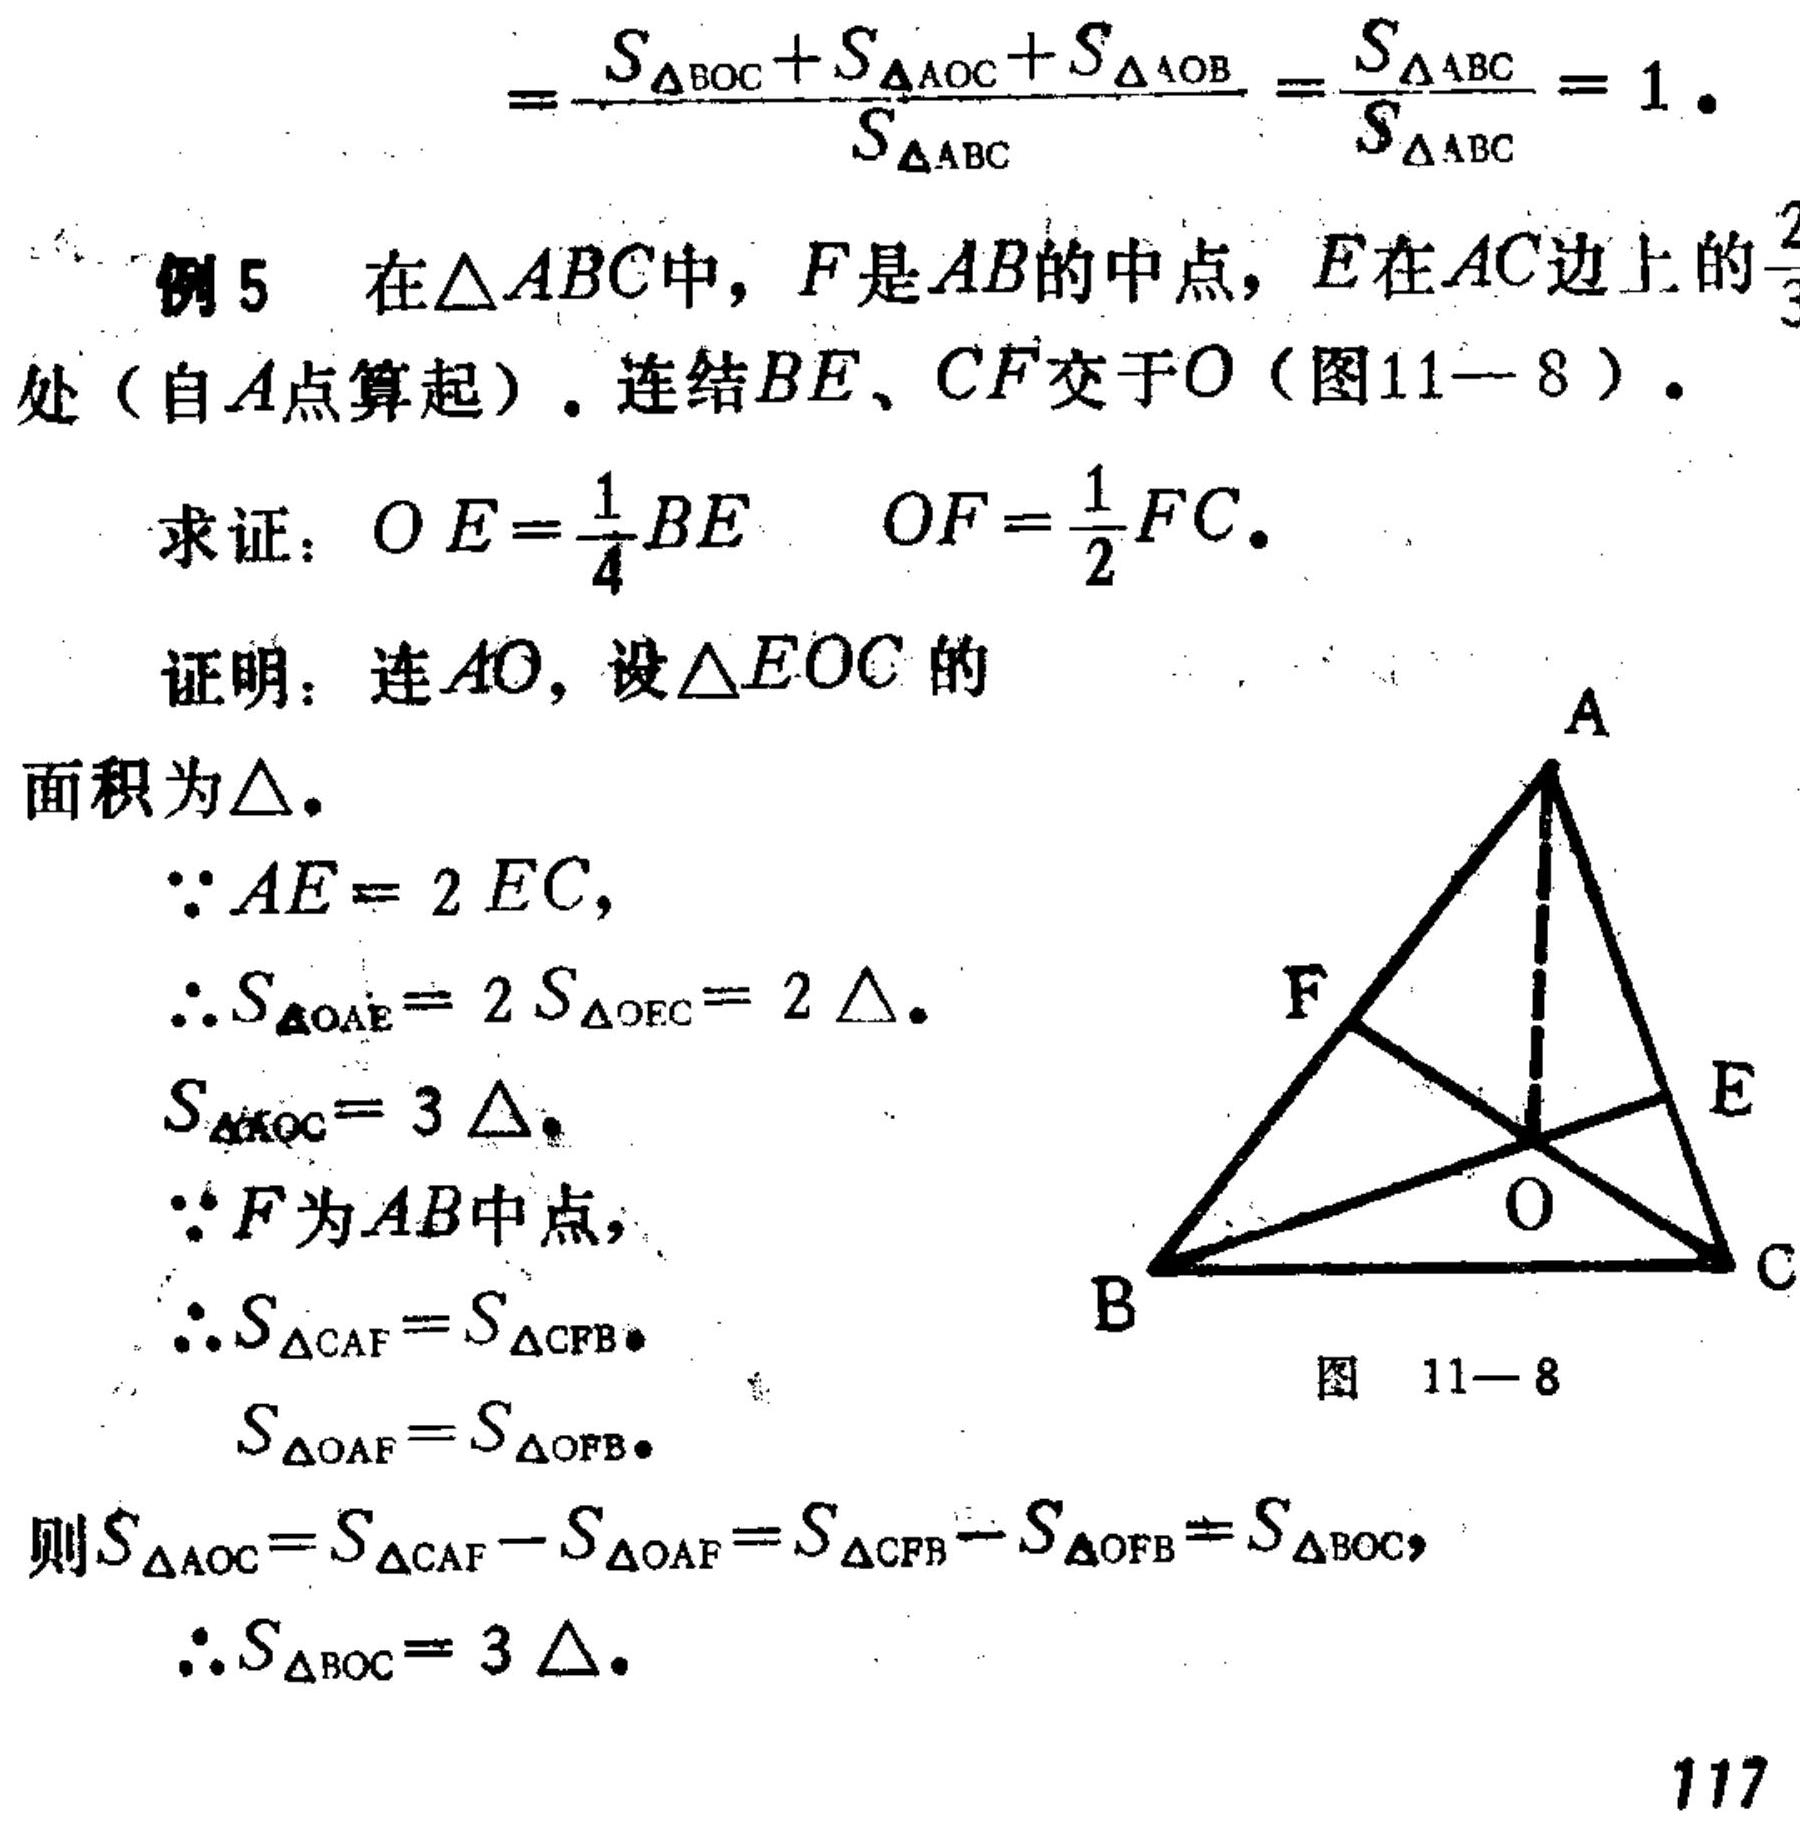
\[=\frac{S_{\triangle BOC}+S_{\triangle AOC}+S_{\triangle AOB}}{S_{\triangle ABC}}=\frac{S_{\triangle ABC}}{S_{\triangle ABC}} = 1\]
例5 在\(\triangle ABC\)中，\(F\)是\(AB\)的中点，\(E\)在\(AC\)边上的\(\frac{2}{3}\)处（自\(A\)点算起）. 连结\(BE\)、\(CF\)交于\(O\)（图11 - 8）.
求证：\(OE=\frac{1}{4}BE\)  \(OF=\frac{1}{2}FC\).
证明：连\(AO\)，设\(\triangle EOC\)的面积为\(\triangle\).
\(\because AE = 2EC\)，
\(\therefore S_{\triangle OAE}=2S_{\triangle OEC}=2\triangle\).
\(S_{\triangle AOC}=3\triangle\).
\(\because F\)为\(AB\)中点，
\(\therefore S_{\triangle CAF}=S_{\triangle CFB}\).
\(S_{\triangle OAF}=S_{\triangle OFB}\).
则\(S_{\triangle AOC}=S_{\triangle CAF}-S_{\triangle OAF}=S_{\triangle CFB}-S_{\triangle OFB}=S_{\triangle BOC}\)，
\(\therefore S_{\triangle BOC}=3\triangle\).